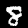
Digit: 8